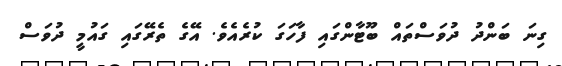
ގިނަ ބަންދު ދުވަސްތައް ބޫޓާންގައި ފާހަގަ ކުރެއެވެ. އޭގެ ތެރޭގައި ގައުމީ ދުވަސް